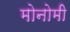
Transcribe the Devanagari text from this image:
मोनोमी